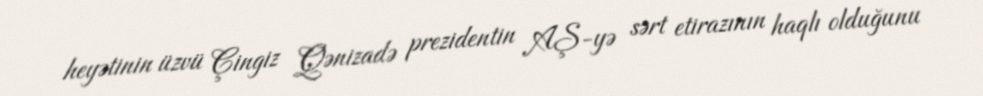
heyətinin üzvü Çingiz Qənizadə prezidentin AŞ-yə sərt etirazının haqlı olduğunu